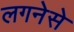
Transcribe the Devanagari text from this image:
लगनेसे